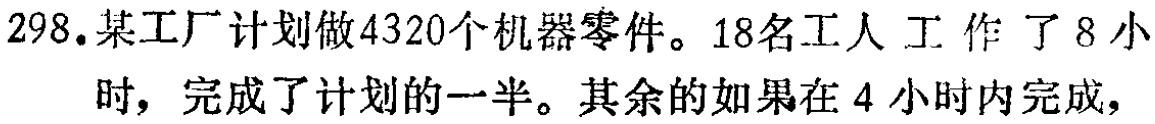
298.某工厂计划做4320个机器零件。18名工人工作了8小时，完成了计划的一半。其余的如果在4小时内完成，